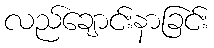
လည်ချောင်းနာခြင်း